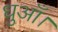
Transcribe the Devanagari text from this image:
धुआँ।